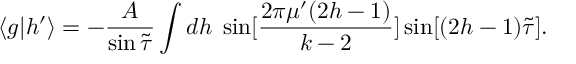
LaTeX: \langle g | h ^ { \prime } \rangle = - \frac { A } { \sin { \tilde { \tau } } } \int d h \; \sin [ \frac { 2 \pi \mu ^ { \prime } ( 2 h - 1 ) } { k - 2 } ] \sin [ ( 2 h - 1 ) { \tilde { \tau } } ] .